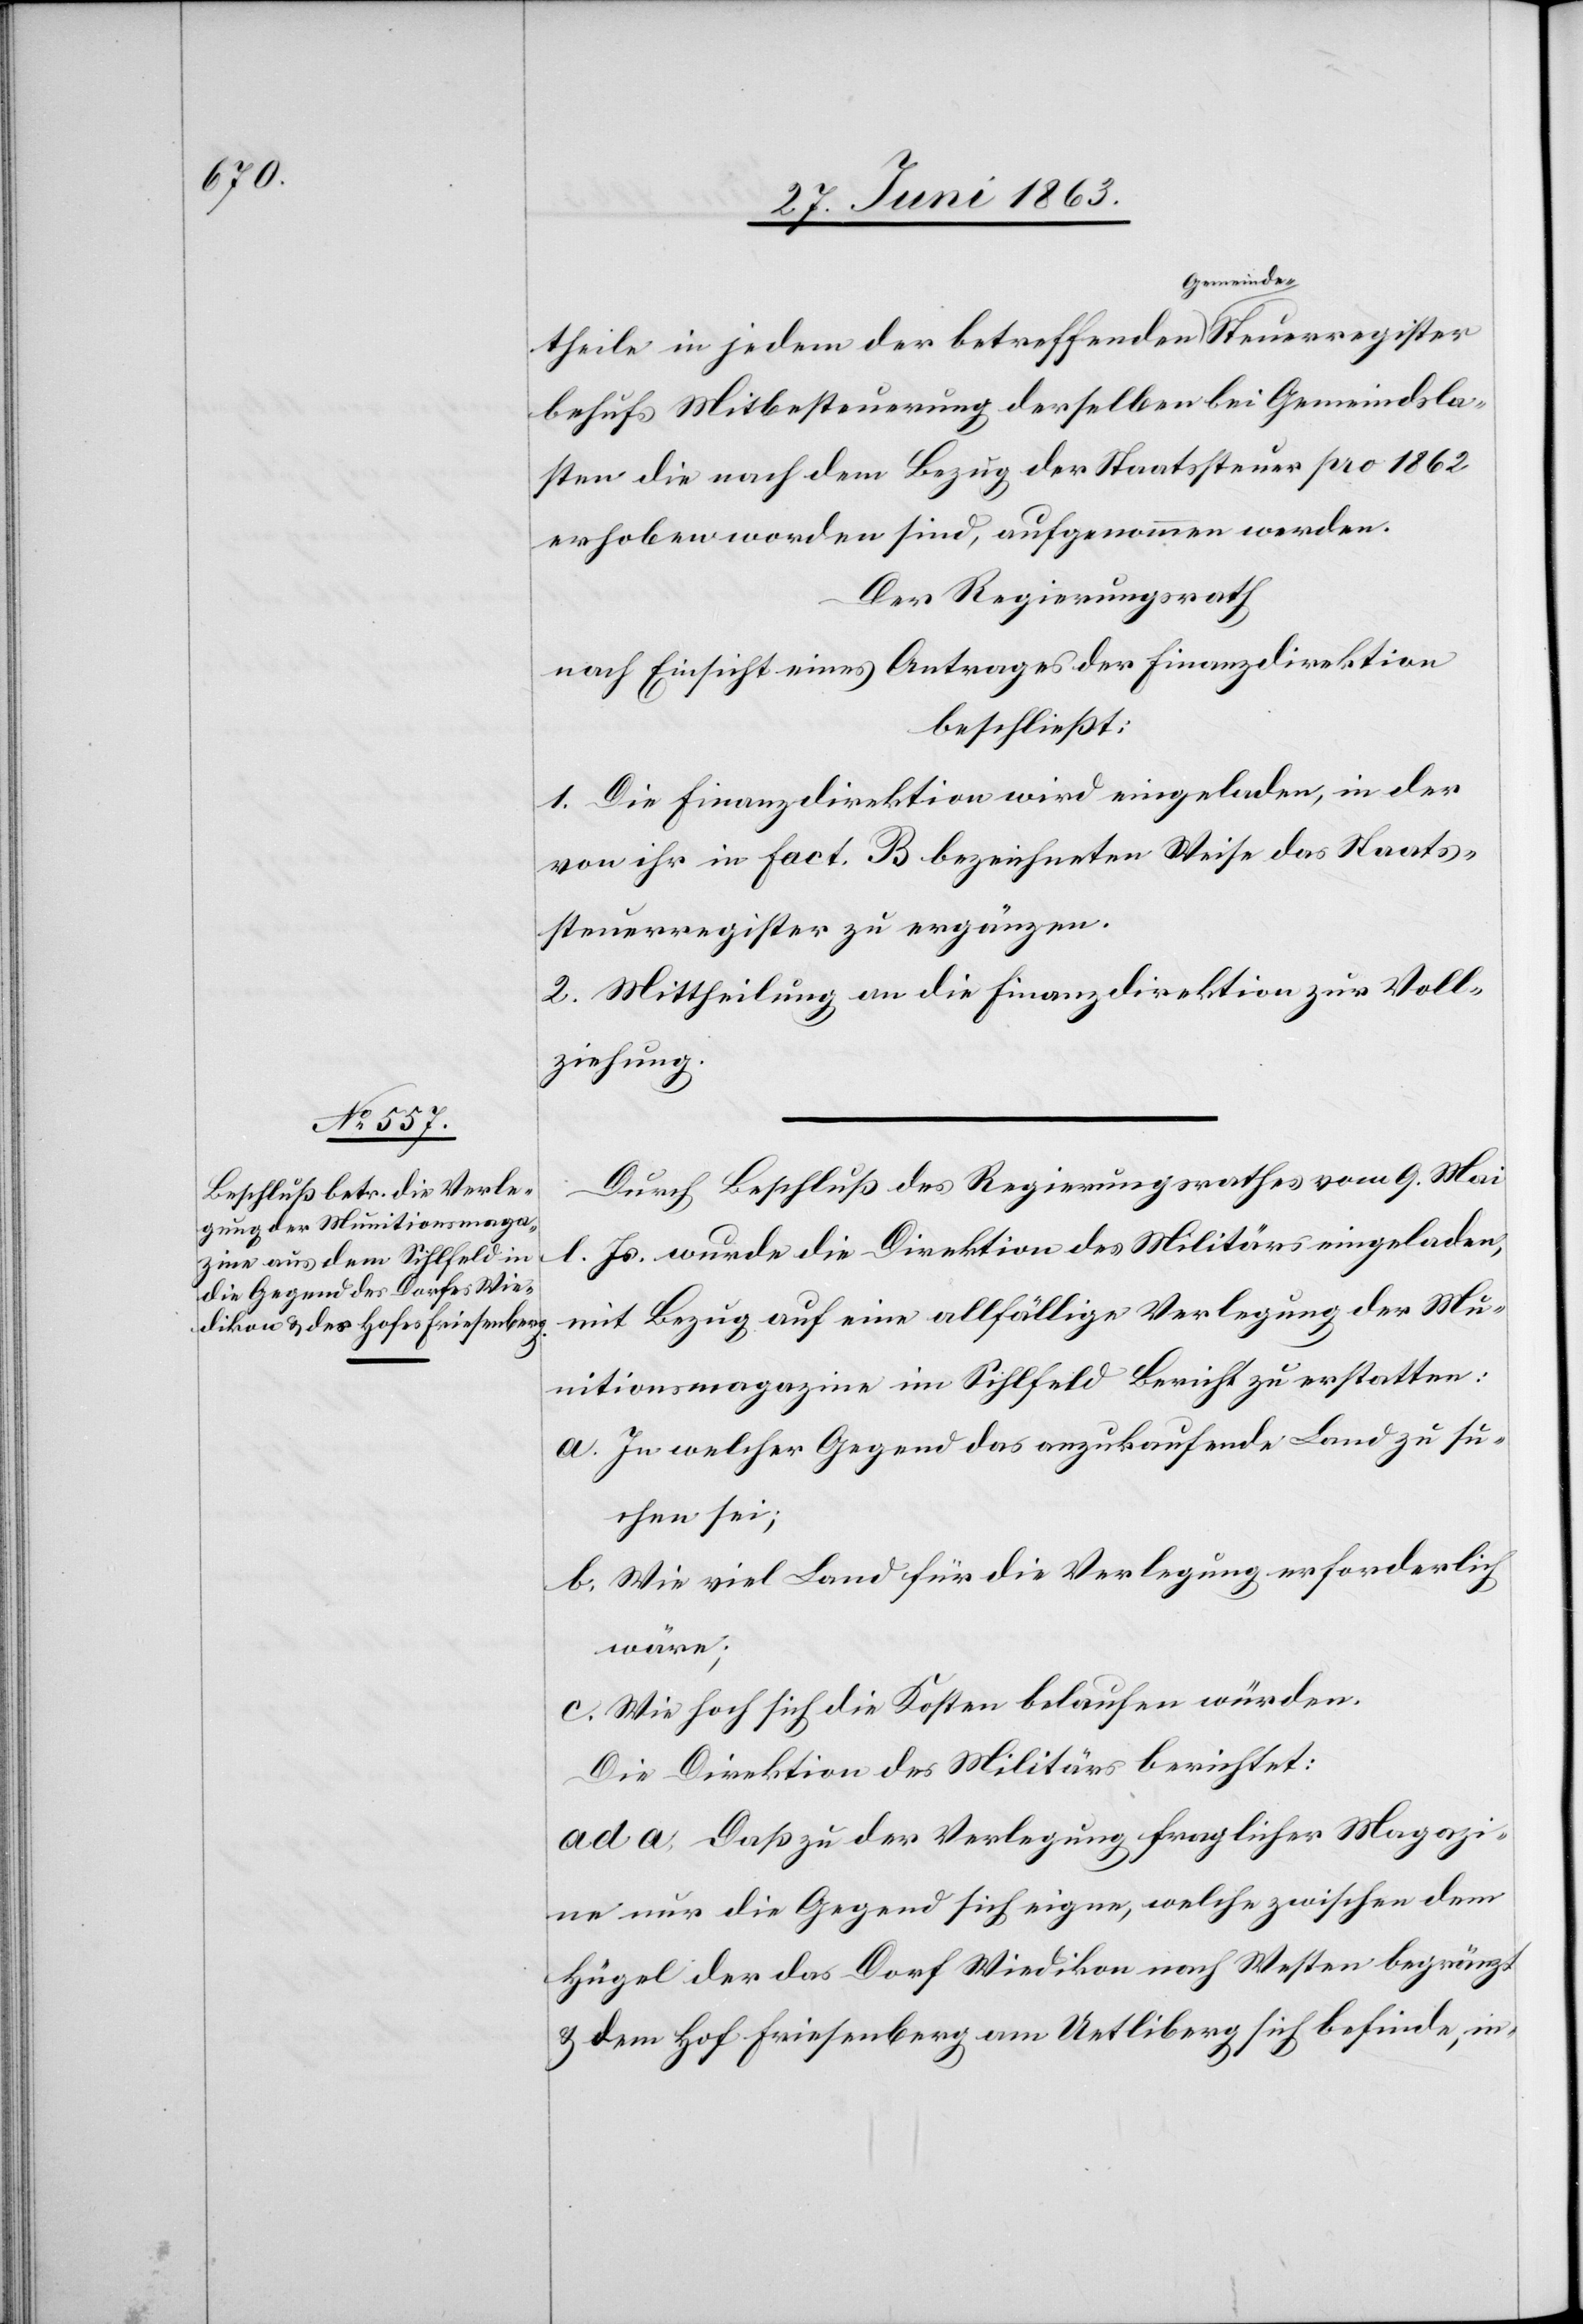
register

theile in jedem der betreffenden a-Gemeinde--aSteuer¬
behufs Mitbesteuerung derselben bei Gemeindsla¬
sten die nach dem Bezug der Staatssteuer pro 1862
erhoben worden sind, aufgenommen werden.
Der Regierungsrath
nach Einsicht eines Antrages der Finanzdirektion
beschließt:
1. Die Finanzdirektion wird eingeladen, in der
von ihr in fact. B. bezeichneten Weise das Staats¬
steuerregister zu ergänzen.
2. Mittheilung an die Finanzdirektion zur Voll¬
ziehung.
Durch Beschluß des Regierungsrathes vom 9. Mai
l. Js. wurde die Direktion des Militärs eingeladen,
mit Bezug auf eine allfällige Verlegung der Mu¬
nitionsmagazine im Sihlfeld Bericht zu erstatten:
a. In welcher Gegend das anzukaufende Land zu su¬
chen sei;
b. Wie viel Land für die Verlegung erforderlich
wäre;
c. Wie hoch sich die Kosten belaufen würden.
Die Direktion des Militärs berichtet:
ad a. Daß zu der Verlegung fraglicher Magazi¬
ne nur die Gegend sich eigne, welche zwischen dem
Hügel der das Dorf Wiedikon nach Westen begränzt
& dem Hof Friesenberg am Uetliberg sich befinde, in-